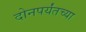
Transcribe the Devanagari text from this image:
दोनपर्यंतच्या